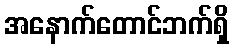
အနောက်တောင်ဘက်ရှိ